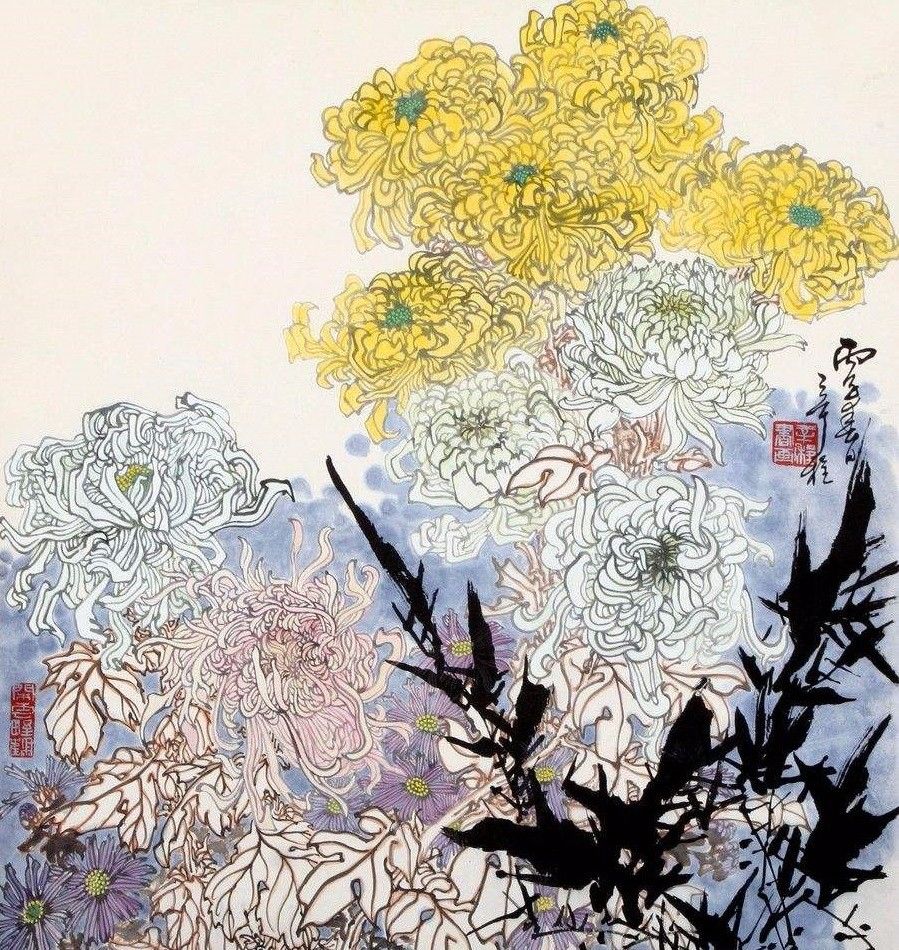
飒飒西风满院栽，蕊寒香冷蝶难来。